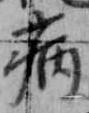
病